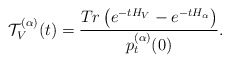
\begin{align*}\mathcal{T}_V^{(\alpha)}(t)=\frac{Tr\left(e^{-tH_{V}}-e^{-tH_{\alpha}}\right)}{p_t^{(\alpha)}(0)}.\end{align*}